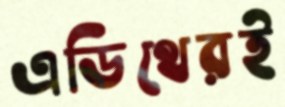
এডিথেরই